Vaccination in Burma 1900-1911 - 1900-1911
Year: 1900
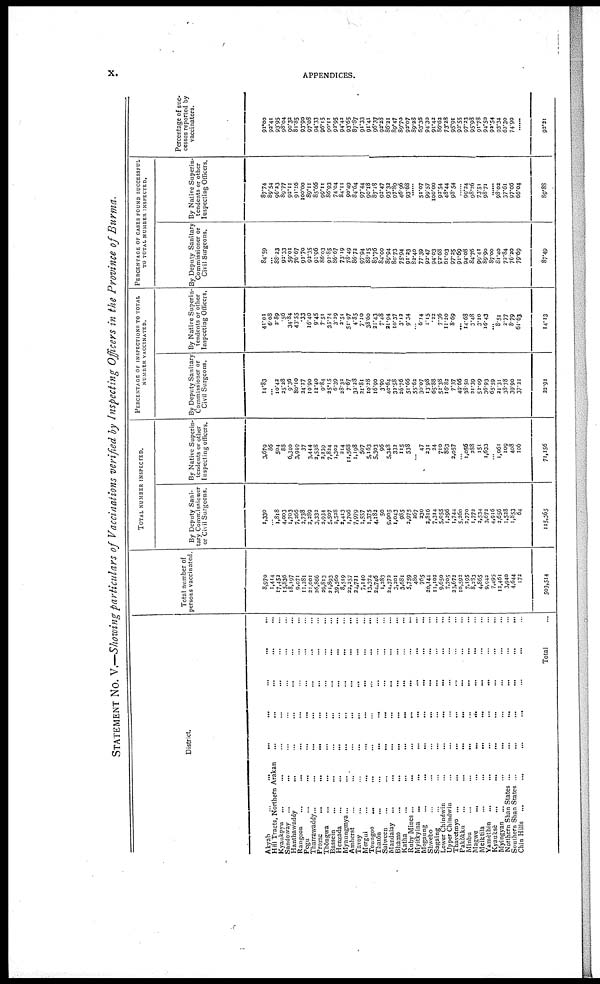
x.
APPENDICES.
STATEMENT No. V.—Showing particulars of Vaccinations verified by Inspecting Officers in the Province of Burma.
District.
Akyab
...
...
...
...
Hill Tracts, Northern Arakan... ... ... ...
Kyaukpyu
...
...
...
...
...
Sandoway
...
...
...
...
...
Hanthawaddy...
...
...
...
Rangoon...
...
...
...
...
Pegu
...
...
...
...
Tharrawaddy...
...
...
...
...
Prome
...
...
...
...
Thôngwa... ... ... ...
Bassein...
...
...
...
Henzada...
...
...
...
Myaungmya...
...
...
...
...
Amherst
...
...
...
...
Tavoy... ... ...
Mergui
...
...
...
...
...
Toungoo
...
...
...
...
Thatôn
...
...
...
...
Salween
...
...
...
...
Mandalay... ... ... ...
Bhamo
...
...
...
...
Katha... ... ... ...
Ruby Mines...
...
...
...
...
Myitkyina
...
...
...
...
Mogaung
...
...
...
...
Shwebo... ... ... ...
Sagaing...
...
...
...
Lower
Chindwin...
...
...
...
Upper Chindwin... ... ... ...
Thayetmyo ... ... ...
Pakôkku ... ... ...
Minbu
...
...
...
Magwe
...
...
...
Meiktila
...
...
...
Yamèthin ... ... ... ...
Kyaukse
...
...
...
...
Myingyan...
...
...
Northern Shan
States...
...
Southern Shan States... ...
Chin Hills ... ... ...
Total...
Total number of
persons vaccinated.
8,970
1,414
17,452 15,836
18,197
9,071
11,281
21,001
26,866
29,813
21,893
39,560
8,519
22,257
24,721
7,140
13,374
24,746
1,283
24,372
3,201
3,681
5,759
480
765
20,144
11,102
9,650
7,705
23,672
10,592
7,195
8,283
4,865
9,942
7,495
12,461
3,940
4,644
172
503,514
TOTAL NUMBER INSPECTED.
By Deputy Sani-
tary Commissioner
or Civil Surgeons.
1,330
...
1,818
4,003
1,703
7,266
2,738
2,289
3,332
2,934
5,507
2,528
2,413
1,706
7,979
1,557
1,375
4,182
50
9,905
1,043
935
2,975
267
230
3,816
7,314
5,055
1,296
1,744
5,260
2,770
1,772
2,534
3,672
4,916
2,656
1,528
1,853
64
115,365
By Native Superin-
tendents or other
Inspecting officers.
3,679
86
504 88
6,340
3,949
37
3,444
2,538
2,239
7,824
1,302
214
11,568
1,198
507
5,163
5,303
96
5,348
332
115
538
...
47
231
34
710
863
2,057
...
1,056 388
151
1,633
...
1,061
109
408
106
71,156
PERCENTAGE OF INSPECTIONS TO TOTAL
NUMBER VACCINATED.
By Deputy Sanitary
Commissioner or
Civil Surgeons.
14.83
10.42
25.28 25.28
9.36
80.10
24.27
10.90
12.40
9.84
25.15
6.39
28.32
7.67
32.28
21.81
10.28
16.90
3.90
40.64
32.58
26.76
51.66
55.62
30.07
13.98
65.88
52.38
16.82
7.37
49.66
38.50
21.39
52.09
36.93
65.59
21.31
38.78
39.90
37.21
22.91
By Native Superin-
tendents or other
Inspecting Officers.
41.01
6.08
2.89 .56
34.84
43.55
.33
16.40
9.45
7.51
35.74
3.29
2.51
51.97
4.85
7.10
38.60
21.43
7.48
21.94
10.37
3.13
9.34
...
6.14
1.15
.22
7.36
11.20
8.69
... 14.68
3.48
3.10
16.43
... 8.51
2.77
8.79
61.63
14.13
PERCENTAGE OF CASES FOUND SUCCESSFUL
TO TOTAL NUMBER INSPECTED.
By Deputy Sanitary
Commissioner or
Civil Surgeons.
84.50
...
88.23 92.33
59.01
76.67
92.70
92.35
91.96
86.03
92.85
86.67
73.19
78.49
86.72
97.94
88.15
83.76
84.00
89.94
80.73
75.94
91.23
82.40
77.39
92.47
94.03
92.68
61.03
97.25
91.69
94.08
84.76
99.41
89.90
87.00
81.40
72.84
76.20
79.69
87.49
By Native Superin-
tendents or other
Inspecting Officers.
87.74
89.54
96.13 89.77
92.11
91.16
100.00
89.11
85.66
99.11
86.93
74.04
84.11
90.49
84.64
97.44
90.18
87.18
92.47
93.32
97.89
46.96
93.68
...
51.07
99.57
100.00
92.54
48.44
98.54
...
99.24
98.26
73.51
98.71
...
98.02
37.61
97.06
66.04
89.88
Percentage of suc-
cesses reported by
vaccinators.
91.00
92.41
93.95 98.04
90.32
81.85
93.90
97.08
94.33
96.15
90.11
92.95
94.42
93.65
87.87
91.33
91.41
96.37
92.28
86.21
89.47
89.70
92.07
89.28
63.36
94.30
91.42
86.63
73.28
95.91
92.55
97.23
95.98
91.78
94.50
92.54
93.34
63.30
74.90
...
93.31